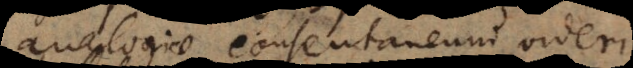
analogice consentaneum videri